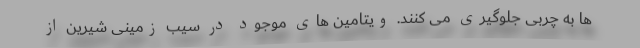
ها به چربی جلوگیری می کنند. ویتامین های موجود در سیب زمینی شیرین از